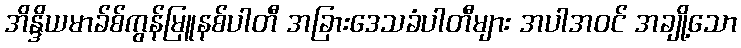
အိန္ဒိယမာခ်စ်ကွန်မြူနစ်ပါတီ အခြားဒေသခံပါတီများ အပါအဝင် အချို့သော